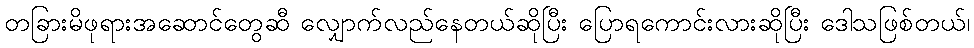
တခြားမိဖုရားအဆောင်တွေဆီ လျှောက်လည်နေတယ်ဆိုပြီး ပြောရကောင်းလားဆိုပြီး ဒေါသဖြစ်တယ်၊